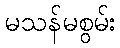
မသန်မစွမ်း